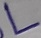
Text: L